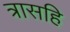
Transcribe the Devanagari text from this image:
त्रासहि